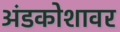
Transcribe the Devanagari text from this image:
अंडकोशावर